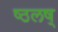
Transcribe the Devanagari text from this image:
ष्ठलष्